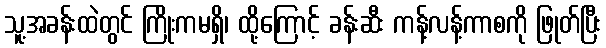
သူ့အခန်းထဲတွင် ကြိုးကမရှိ၊ ထို့ကြောင့် ခန်းဆီး ကန့်လန့်ကာစကို ဖြုတ်ပြီး